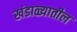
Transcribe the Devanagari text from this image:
खंडाळ्यातील